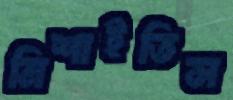
মিশাইতিস